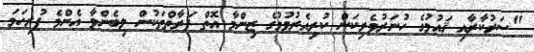
"ސަރުކާރާއި ޤައުމުގެ ހުނަރުވެރިކަން ކުރިއެރުވުމުގެ ޒިންމާ އޮތް ފަރާތްތަކުން ލިބެންވާ އެންމެ ފުރިހަމަ